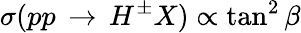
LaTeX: \sigma(pp\, \to\, H^{\pm}X)\propto\tan^{2}\beta